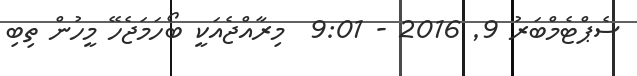
ސެޕްޓެމްބަރު 9